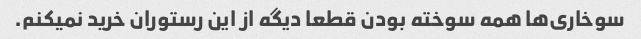
سوخاری‌ها همه سوخته بودن قطعا دیگه از این رستوران خرید نمیکنم.